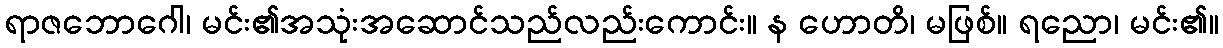
ရာဇဘောဂေါ၊ မင်း၏အသုံးအဆောင်သည်လည်းကောင်း။ န ဟောတိ၊ မဖြစ်။ ရညော၊ မင်း၏။